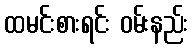
ထမင်းစားရင်း ဝမ်းနည်း